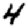
Digit: 4